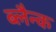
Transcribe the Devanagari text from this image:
ब्लैन्क